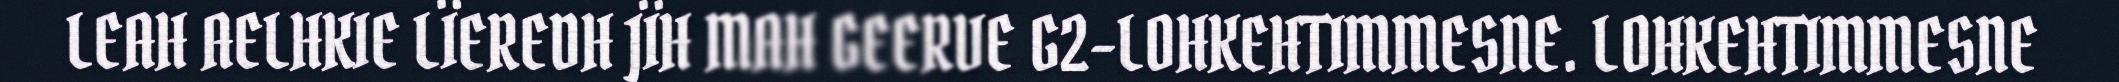
LEAH AELHKIE LÏEREDH JÏH MAH GEERVE G2-LOHKEHTIMMESNE. LOHKEHTIMMESNE